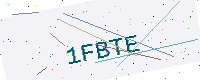
Text: 1FBTE